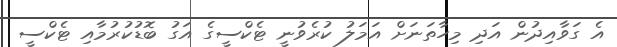
އެ ގަވާއިދުން އަދި މިހާތަނަށް އަމަލު ކުރެވުނީ ޓެކްސީގެ އަގު ބޮޑުކުރުމާއި ޓެކްސީ